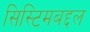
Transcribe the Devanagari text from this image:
सिस्टिमबद्दल